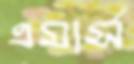
এমার্স